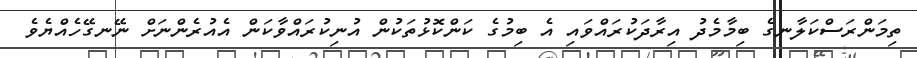
ތިމަންރަސްކަލާނގެ ބިމާމެދު އިރާދަކުރައްވައި އެ ބިމުގެ ކަންކޮޅުތަކުން އުނިކުރައްވާކަން އެއުރެންނަށް ނޭނގޭހެއްޔެވެ